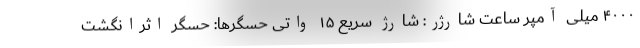
۴۰۰۰ میلی آمپر ساعت شارژر: شارژ سریع ۱۵ واتی حسگرها: حسگر اثرانگشت